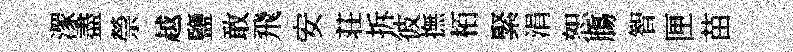
潈盡禜越鹽敢飛安荘拆彼撫栢緊涓恕膓智匣苗